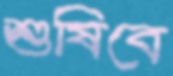
শুষিবে